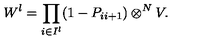
W ^ { \l } = \prod _ { i \in I ^ { \l } } ( 1 - P _ { i i + 1 } ) \otimes ^ { N } V .